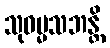
သုဓမ္မသဘန္တိ